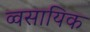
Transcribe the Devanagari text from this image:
व्वसायिक